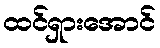
ထင်ရှားအောင်